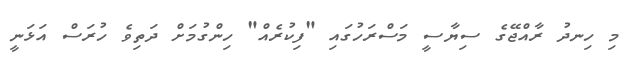
މި ހިނދު ރާއްޖޭގެ ސިޔާސީ މަސްރަހުގައި "ފިކުރެއް" ހިންގުމަށް ދަތިވެ ހުރަސް އަޅަނީ